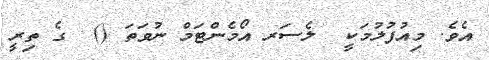
އެވެ. މިއުފުލުމަކީ  ލެސަރ އޯމެންޓަމް ނުވަތަ ()  ގެ ތިރީ